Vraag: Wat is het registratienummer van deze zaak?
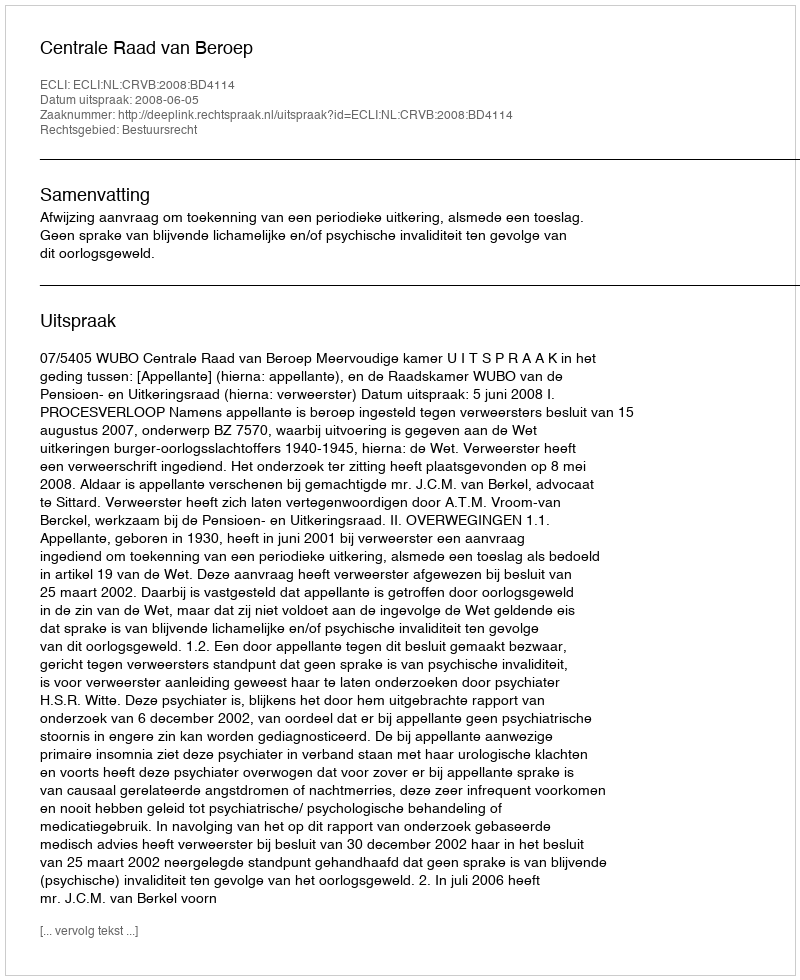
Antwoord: http://deeplink.rechtspraak.nl/uitspraak?id=ECLI:NL:CRVB:2008:BD4114